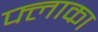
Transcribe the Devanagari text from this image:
फ्लाका